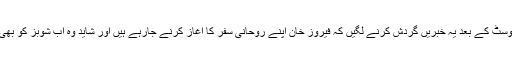
علیزے کی اس پوسٹ کے بعد یہ خبریں گردش کرنے لگیں کہ فیروز خان اپنے روحانی سفر کا آغاز کرنے جارہے ہیں اور شاید وہ اب شوبز کو بھی خیرباد کہہ دیں۔